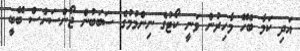
އަދި ކަމާ ބެހޭ މާހިރުން ވަނީ ކޯޓުގެ ނިންމުމުގެ ސަބަބުން ޖޯންސަންސް ބޭބީ